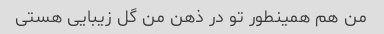
من هم همینطور تو در ذهن من گل زیبایی هستی